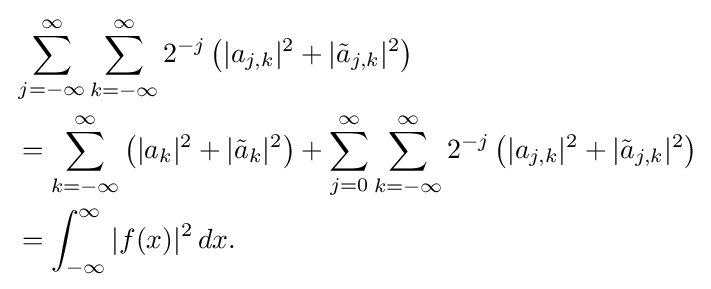
{\begin{aligned}&\sum _{j=-\infty }^{\infty }\sum _{k=-\infty }^{\infty }2^{-j}\left(|a_{j,k}|^{2}+|{\tilde {a}}_{j,k}|^{2}\right)\\&{}=\sum _{k=-\infty }^{\infty }\left(|a_{k}|^{2}+|{\tilde {a}}_{k}|^{2}\right)+\sum _{j=0}^{\infty }\sum _{k=-\infty }^{\infty }2^{-j}\left(|a_{j,k}|^{2}+|{\tilde {a}}_{j,k}|^{2}\right)\\&{}=\int _{-\infty }^{\infty }|f(x)|^{2}\,dx.\end{aligned}}